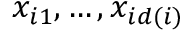
x _ { i 1 } , \dots , x _ { i d ( i ) }